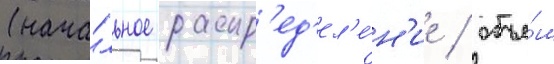
(нача́льное распр'ед'ел'е́н'ие / объе́м